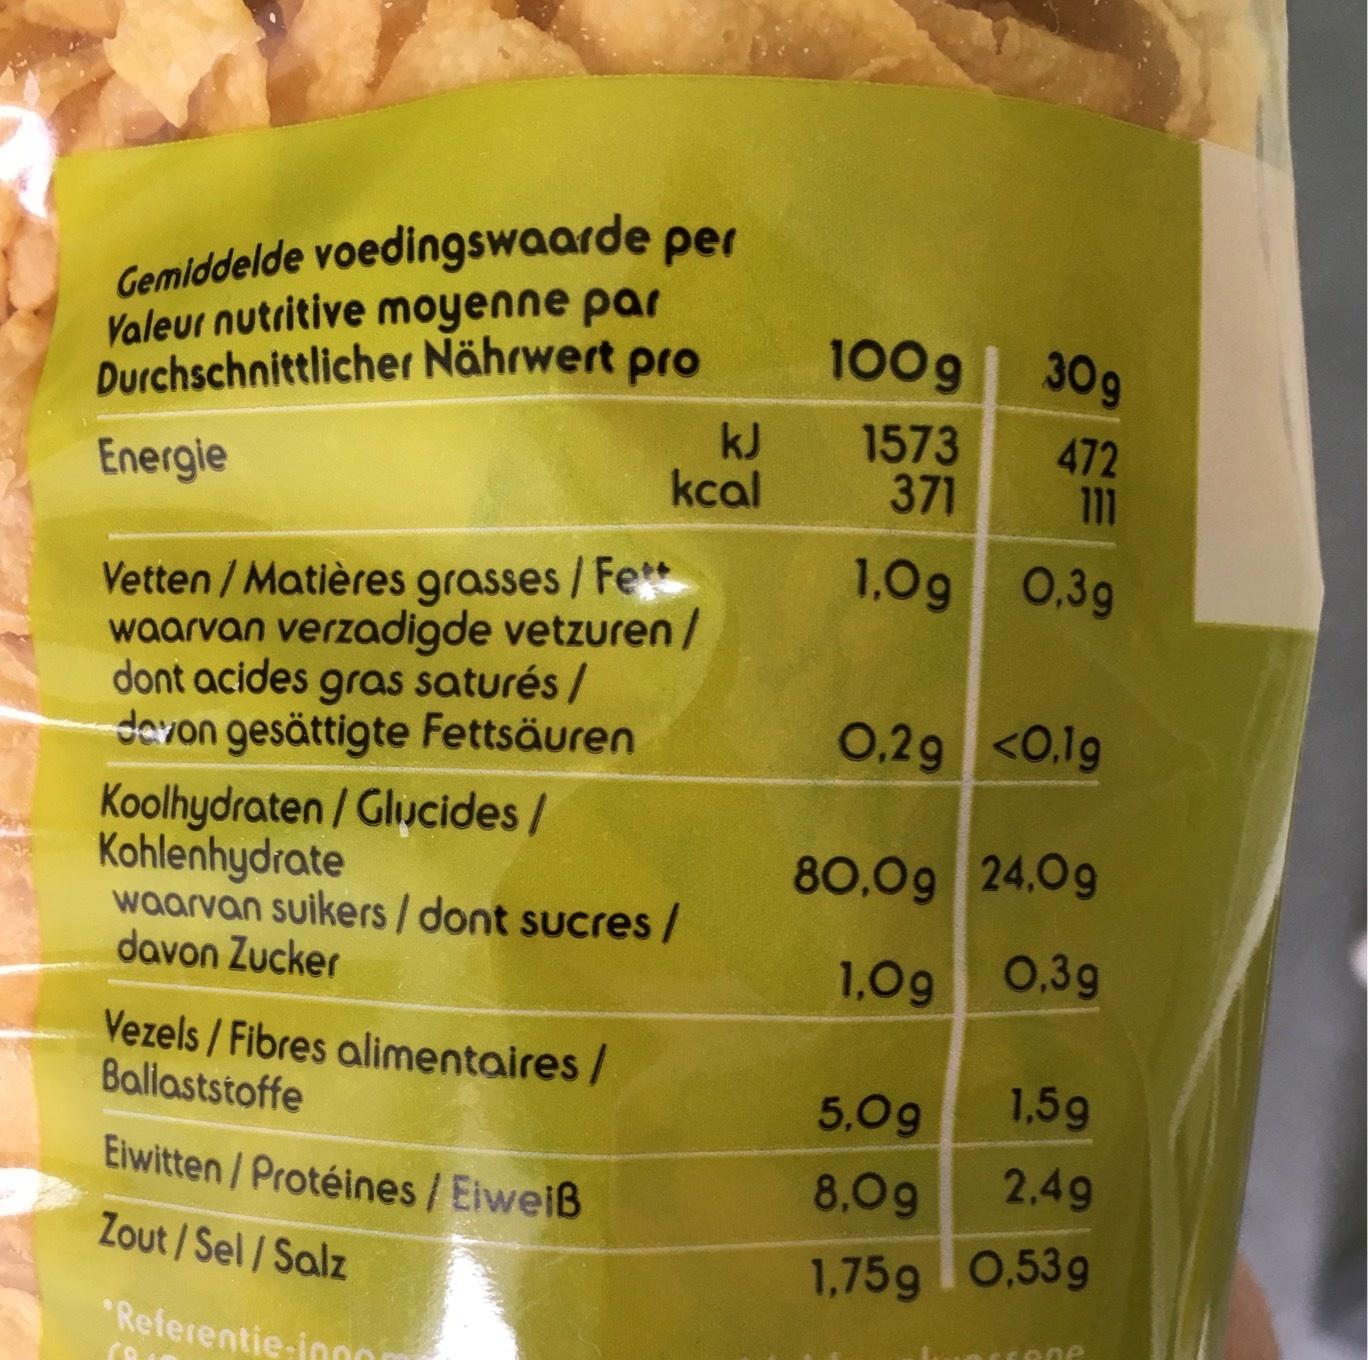
Gemiddelde voedingswaarde per Valeur nutritive moyenne par Durchschnittlicher Nährwert pro
Energie
Vetten/Matières grasses / Fe** waarvan verzadigde vetzuren/ dont acides gras saturés/
davon gesättigte Fettsäuren
Koolhydraten/Glucides/ Kohlenhydrate
waarvan suikers/ dont sucres/ davon Zucker
Vezels / Fibres alimentaires / Ballaststoffe
Eiwitten/Protéines / Eiweiß
Zout/Sel/Salz
*Referentie-inn00
kcal
ca
100g
30g
1573
472
371
111
1,0g 0,3g
0,2g <0,1g
80,09 24,0g
1,0g
0.3g
5,0g
1,5g
8,0g
2.49
1,75g 0,53g
scene